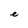
Character: e